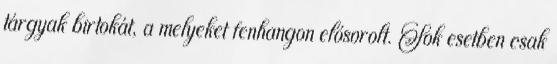
tárgyak birtokát, a melyeket fenhangon elősorolt. Sok esetben csak